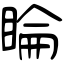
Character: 睔